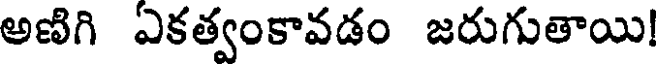
అణిగి ఎకత్వంకావడం జరుగుతాయి!